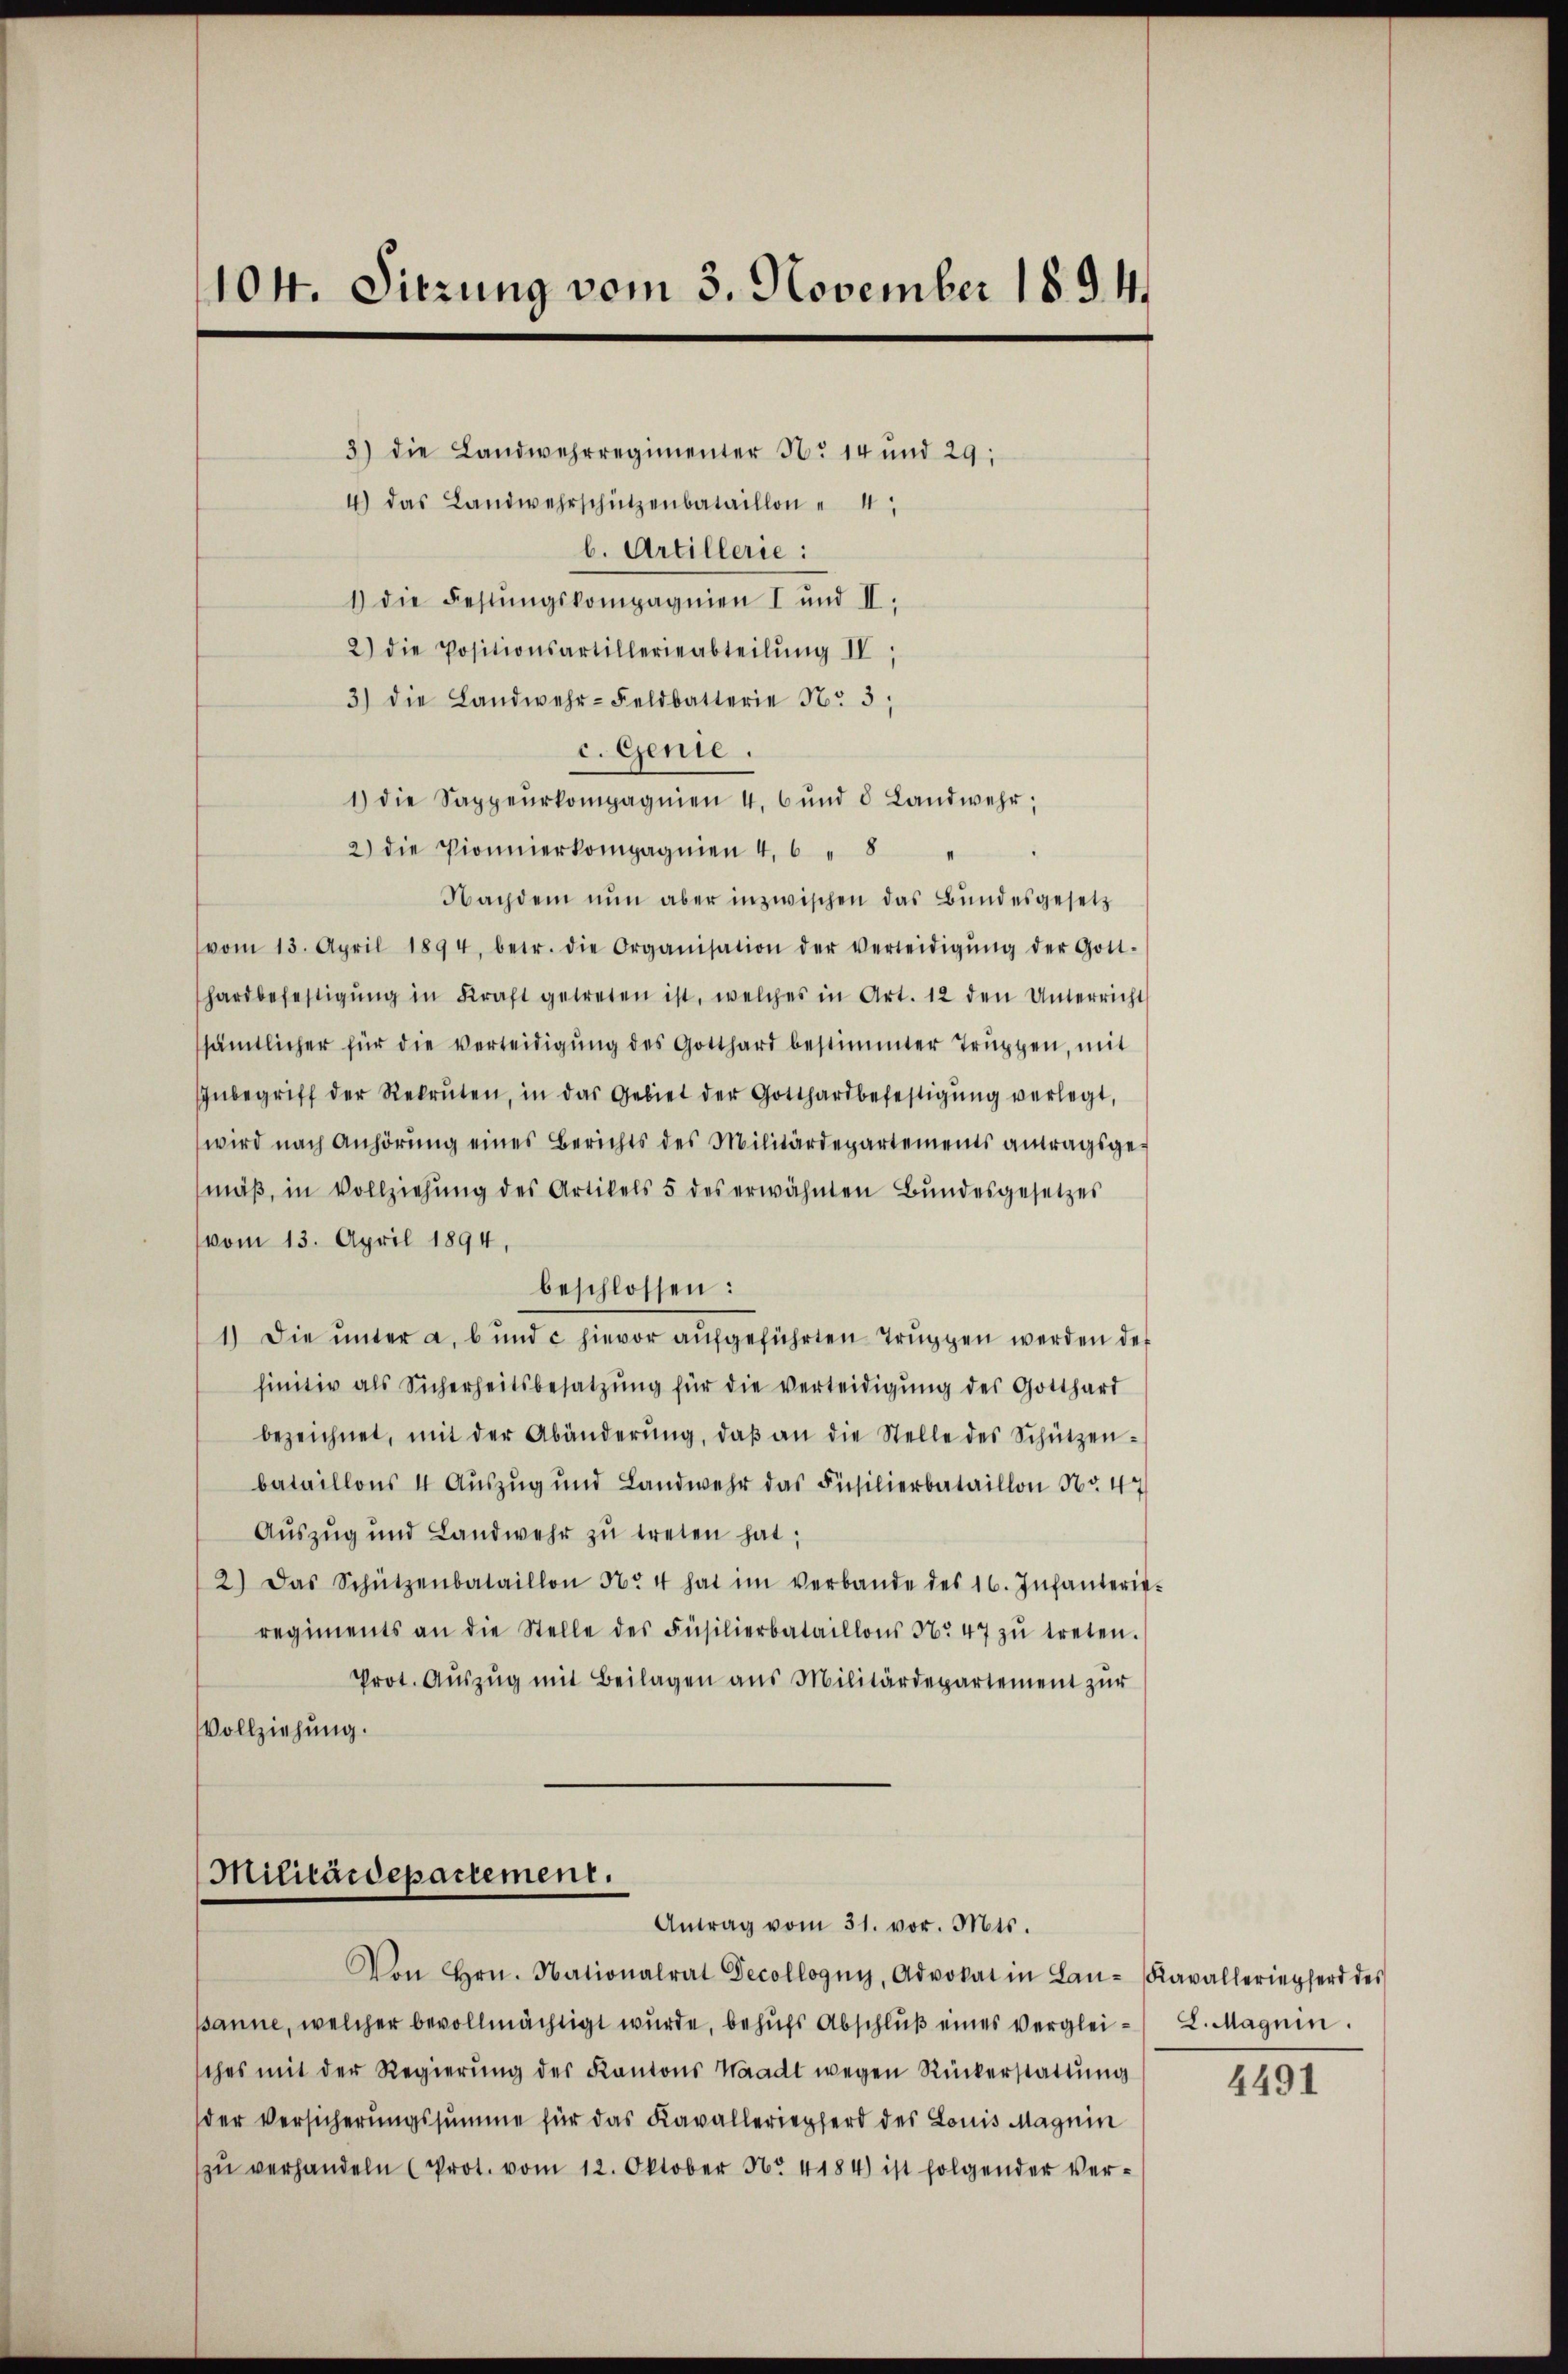
104. Sitzung vom 3. November 189. 4.

4) das Landwehrschützenbataillon " 4
b. Artillerie:
1) die Festungskompagnien I und II.
2) die Positionsartillerieabteilŭng IV
3) die Landwehr-Feldbatterie No. 3;
c. Genie.
1) die Sappeurkompagnien 4. 6 und 8 Landwehr;
2) die Pionierkompagnien 4,6 " 8
Nachdem nŭn aber inzwischen das Bundesgesetz
vom 13. April 1894, betr. die Organisation der verleidigŭng der Gott-
hardbefestigŭng in Kraft getreten ist, welches in Art. 12 den Unterricht
sämtlicher für die verteidigung des Gotthard bestimmter Truppen, mit
Inbegriff der Rekruten, in das Gebiet der Gotthardbefestigŭng verlegt,
wird nach Anhörung eines Berichts des Militärdepartements antragsgemäβ, in Vollziehung des Artikels 5 des erwähnten Bŭndesgesetzes
vom 13. April 1894,
beschlossen:
1) Die ŭnter a. bŭnd c hievor aŭfgeführten Trŭppen werden der
finitiv als Sicherheitsbesatzung für die verteidigung des Gotthard
bezeichnet, mit der Abänderŭng, daβ an die Stelle des Schützen-
bataillons 4 Auszug und Landwehr das Füsilierbataillon Nr. 47
Auszug und Landwehr zŭ treten hat;
2) Das Schützenbataillon No 4 hat im verbande des 16. Infanterie-
regiments an die Stelle des Füsilierbataillons No 47 zŭ treten.
Prot. Auszug mit Beilagen aus Militärdepartement zur
Vollziehung.

3) die Landwehrregimenter No 14 und 29.

Militärdepartement.
Antrag vom 31. vor. Mts.
Von Hrn. Nationalrat Decollogny, Advokat in Lan-Kavalleriepferd des

psanne, welcher bevollmächtigt wurde, behufs Abschluß eines Verglei- L. Magnin.
sches mit der Regierŭng des Kantons Waadt wegen Rückerstattŭng
der Versicherungssumme für das Kavalleriepferd des Louis Magnin
zŭ verhandeln (Prot. vom 12. Oktober Nr. 4184) ist folgender Ver-

4491